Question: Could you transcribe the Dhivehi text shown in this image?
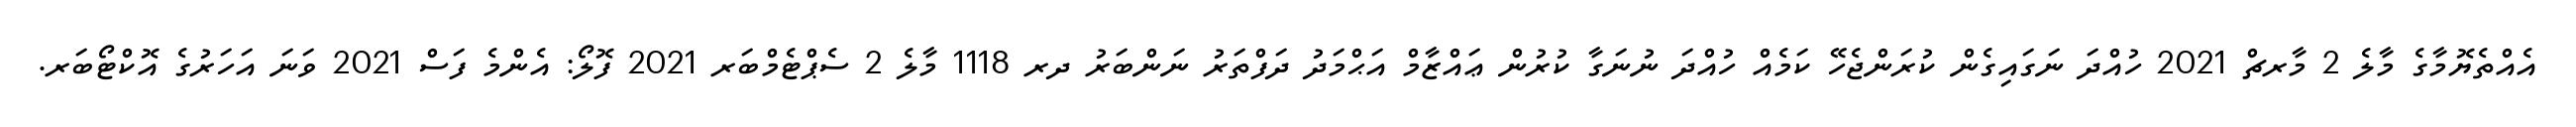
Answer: އެއްތެޔޮމާގެ މާލެ 2 މާރޗް 2021 ހުއްދަ ނަގައިގެން ކުރަންޖެހޭ ކަމެއް ހުއްދަ ނުނަގާ ކުރުން ޢައްޒާމް އަޙްމަދު ދަފްތަރު ނަންބަރު ދރ 1118 މާލެ 2 ސެޕްޓެމްބަރ 2021 ފޮލޯ: އެންމެ ފަސް 2021 ވަނަ އަހަރުގެ އޮކްޓޯބަރ.